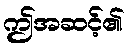
ဤအဆင့်၏